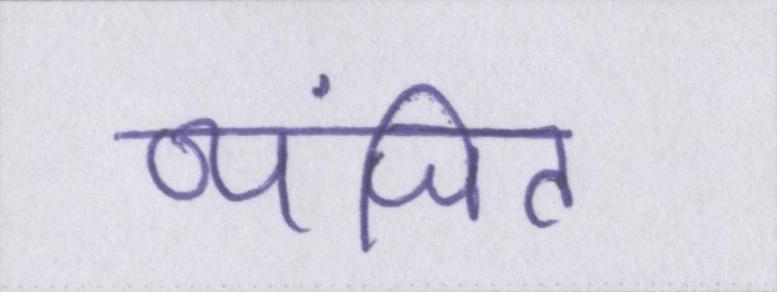
व्यंजित